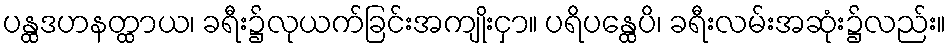
ပန္ထဒဟနတ္ထာယ၊ ခရီး၌လုယက်ခြင်းအကျိုးငှာ။ ပရိပန္ထေပိ၊ ခရီးလမ်းအဆုံး၌လည်း။